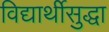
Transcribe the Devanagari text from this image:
विद्यार्थीसुद्धा